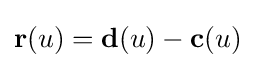
\mathbf {r} (u)=\mathbf {d} (u)-\mathbf {c} (u)